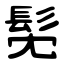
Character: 髧